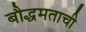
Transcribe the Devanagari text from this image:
बौद्धमताची